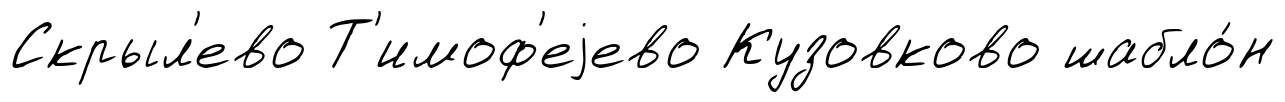
Скрыл'ево Т'имоф'еjево Кузовково шабло́н